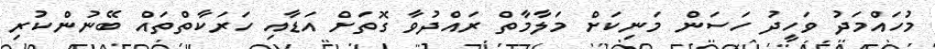
މުހައްމަދު ވަހީދު ހަސަން މަނިކަށް މަލާމާތް ރައްދުވާ ގޮތަށް އަޑާއި ހަރަކާތްތައް ބޭނުންކުރި